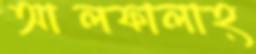
আলফালাহ্